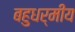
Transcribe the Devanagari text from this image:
बहुधर्मीय